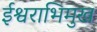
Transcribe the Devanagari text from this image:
ईश्वराभिमुख